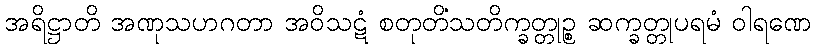
အရိဋ္ဌာတိ အဏုသဟဂတာ အဝိသဋံ စတုတိံသတိက္ခတ္တုဉ္စ ဆက္ခတ္တုပရမံ ဝါရဏေ